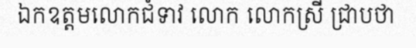
ឯកឧត្តមលោកជំទាវ លោក លោកស្រី ជ្រាបថា